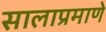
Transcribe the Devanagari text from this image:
सालाप्रमाणे